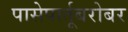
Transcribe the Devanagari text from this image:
पासेपार्तूबरोबर